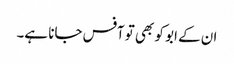
ان کے ابو کو بھی تو آفس جانا ہے۔